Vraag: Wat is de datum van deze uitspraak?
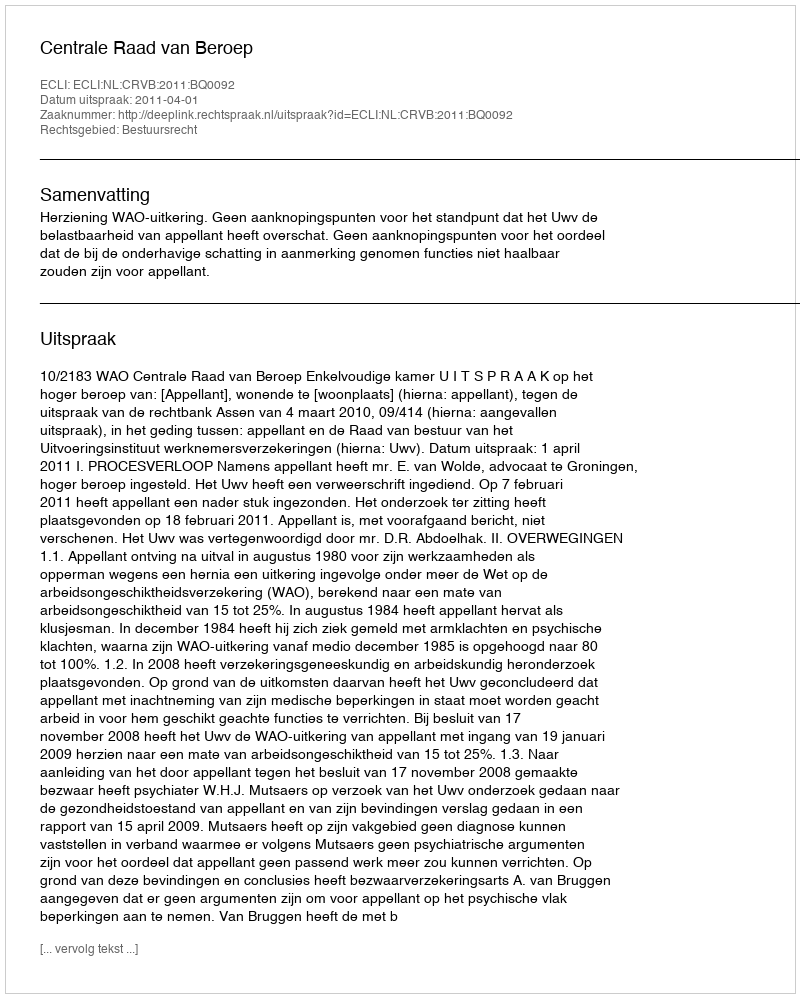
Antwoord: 2011-04-01